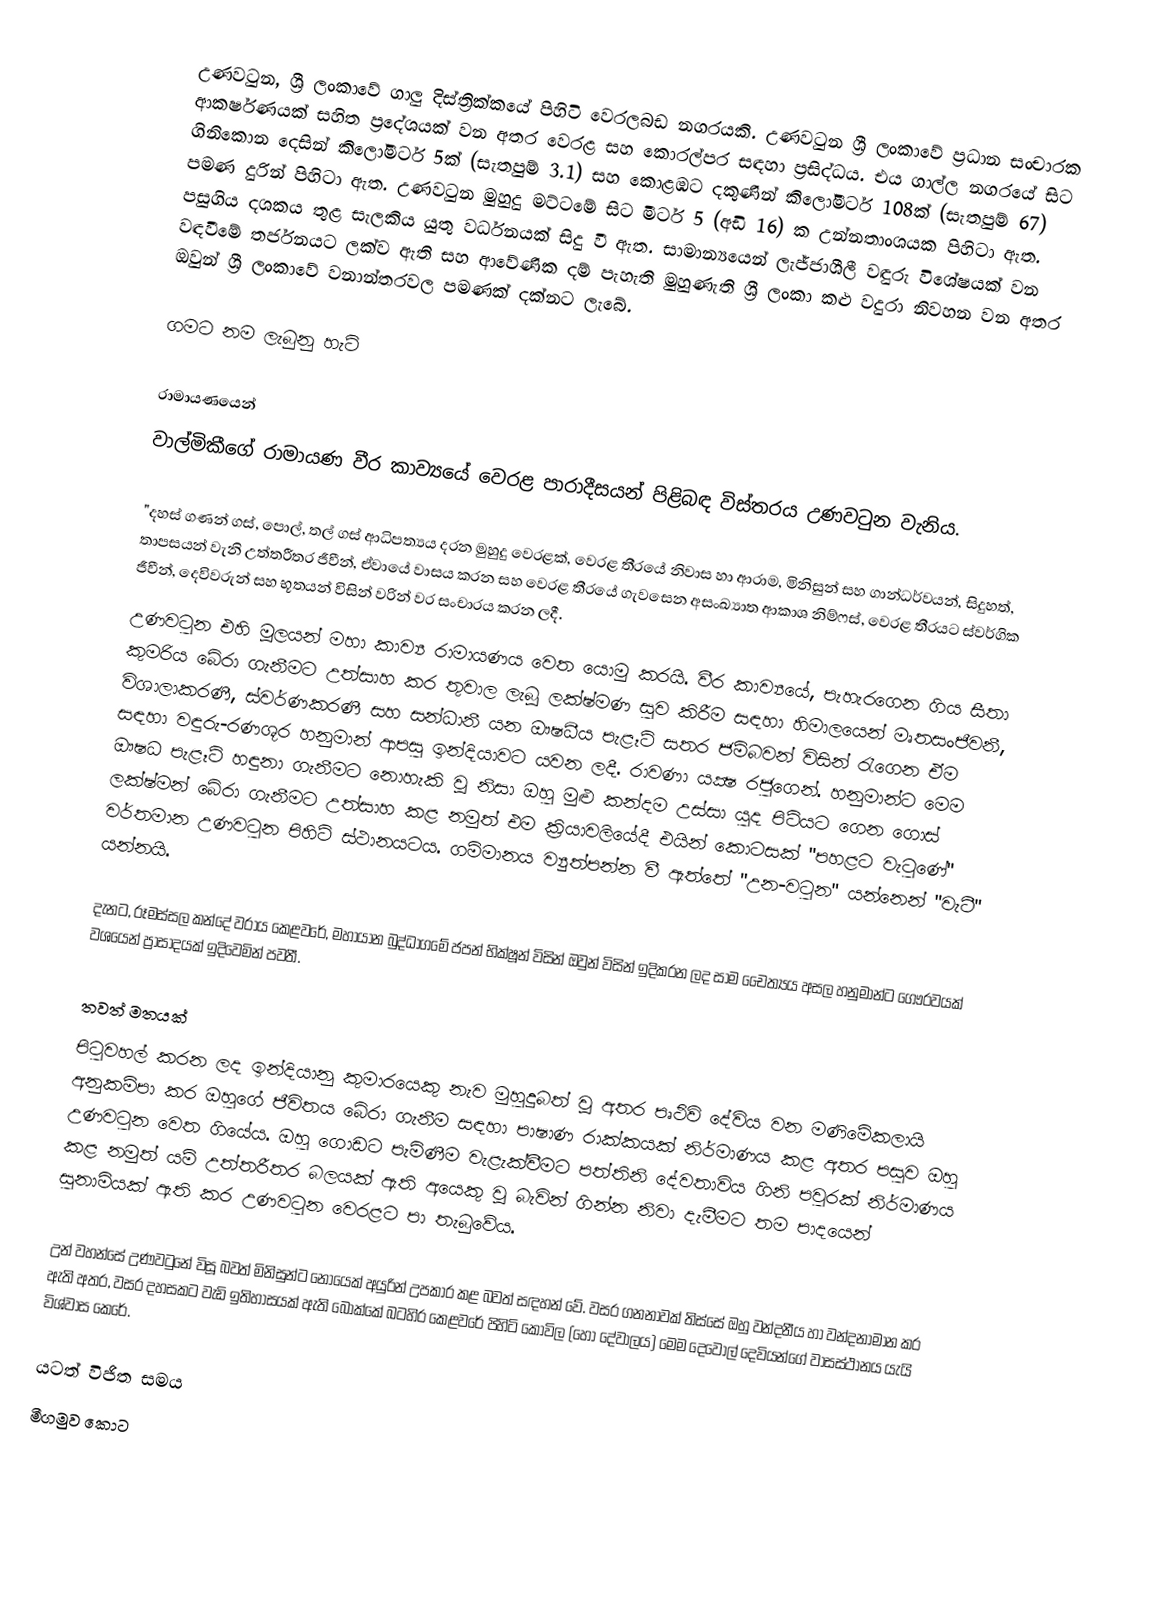
උණවටුන, ශ්‍රී ලංකාවේ ගාලු දිස්ත්‍රික්කයේ පිහිටි වෙරලබඩ නගරයකි. උණවටුන ශ්‍රී ලංකාවේ ප්‍රධාන සංචාරක ආකර්ෂණයක් සහිත ප්‍රදේශයක් වන අතර වෙරළ සහ කොරල්පර සඳහා ප්‍රසිද්ධය. එය ගාල්ල නගරයේ සිට  ගිනිකොන දෙසින් කිලෝමීටර් 5ක් (සැතපුම් 3.1) සහ කොළඹට දකුණින් කිලෝමීටර් 108ක් (සැතපුම් 67) පමණ දුරින් පිහිටා ඇත. උණවටුන මුහුදු මට්ටමේ සිට මීටර් 5 (අඩි 16) ක උන්නතාංශයක පිහිටා ඇත. පසුගිය දශකය තුළ සැලකිය යුතු වර්ධනයක් සිදු වී ඇත. සාමාන්‍යයෙන් ලැජ්ජාශීලී වඳුරු විශේෂයක් වන වඳවීමේ තර්ජනයට ලක්ව ඇති සහ ආවේණික දම් පැහැති මුහුණැති ශ්‍රී ලංකා කළු වදුරා නිවහන වන අතර ඔවුන් ශ්‍රී ලංකාවේ වනාන්තරවල පමණක් දක්නට ලැබේ.

ගමට නම ලැබුනු හැටි

රාමායණයෙන්
වාල්මිකීගේ රාමායණ වීර කාව්‍යයේ වෙරළ පාරාදීසයන් පිළිබඳ විස්තරය උණවටුන වැනිය.

"දහස් ගණන් ගස්, පොල්, තල් ගස් ආධිපත්‍යය දරන මුහුදු වෙරළක්, වෙරළ තීරයේ නිවාස හා ආරාම, මිනිසුන් සහ ගාන්ධර්වයන්, සිදුහත්, තාපසයන් වැනි උත්තරීතර ජීවීන්, ඒවායේ වාසය කරන සහ වෙරළ තීරයේ ගැවසෙන අසංඛ්‍යාත ආකාශ නිම්ෆස්, වෙරළ තීරයට ස්වර්ගික ජීවීන්, දෙවිවරුන් සහ භූතයන් විසින් වරින් වර සංචාරය කරන ලදී.
උණවටුන එහි මූලයන් මහා කාව්‍ය රාමායණය වෙත යොමු කරයි. වීර කාව්‍යයේ, පැහැරගෙන ගිය සීතා කුමරිය බේරා ගැනීමට උත්සාහ කර තුවාල ලැබූ ලක්ෂ්මණ සුව කිරීම සඳහා හිමාලයෙන් මෘතසංජීවනී, විශාලාකරණී, ස්වර්ණකරණී සහ සන්ධානී යන ඖෂධීය පැළෑටි සතර ජම්බවන් විසින් රැගෙන ඒම සඳහා වඳුරු-රණශූර හනුමාන් ආපසු ඉන්දියාවට යවන ලදී. රාවණා යක්‍ෂ රජුගෙන්. හනුමාන්ට මෙම ඖෂධ පැළෑටි හඳුනා ගැනීමට නොහැකි වූ නිසා ඔහු මුළු කන්දම උස්සා යුද පිටියට ගෙන ගොස් ලක්ෂ්මන් බේරා ගැනීමට උත්සාහ කළ නමුත් එම ක්‍රියාවලියේදී එයින් කොටසක් "පහළට වැටුණේ" වර්තමාන උණවටුන පිහිටි ස්ථානයටය. ගම්මානය ව්‍යුත්පන්න වී ඇත්තේ "උන-වටුන" යන්නෙන් "වැටී" යන්නයි.

දැනට, රූමස්සල කන්දේ වරාය කෙළවරේ, මහායාන බුද්ධාගමේ ජපන් භික්ෂූන් විසින් ඔවුන් විසින් ඉදිකරන ලද සාම චෛත්‍යය අසල හනුමාන්ට ගෞරවයක් වශයෙන් ප්‍රාසාදයක් ඉදිවෙමින් පවතී.

තවත් මතයක්
පිටුවහල් කරන ලද ඉන්දියානු කුමාරයෙකු නැව මුහුදුබත් වූ අතර පෘථිවි දේවිය වන මණිමේකලායි අනුකම්පා කර ඔහුගේ ජීවිතය බේරා ගැනීම සඳහා පාෂාණ රාක්කයක් නිර්මාණය කළ අතර පසුව ඔහු උණවටුන වෙත ගියේය. ඔහු ගොඩට පැමිණීම වැළැක්වීමට පත්තිනි දේවතාවිය ගිනි පවුරක් නිර්මාණය කළ නමුත් යම් උත්තරීතර බලයක් ඇති අයෙකු වූ බැවින් ගින්න නිවා දැමීමට තම පාදයෙන් සුනාමියක් ඇති කර උණවටුන වෙරළට පා තැබුවේය.

උන් වහන්සේ උණවටුනේ විසූ බවත් මිනිසුන්ට නොයෙක් අයුරින් උපකාර කළ බවත් සඳහන් වේ. වසර ගනනාවක් තිස්සේ ඔහු වන්දනීය හා වන්දනාමාන කර ඇති අතර, වසර දහසකට වැඩි ඉතිහාසයක් ඇති බොක්කේ බටහිර කෙළවරේ පිහිටි කෝවිල (හෝ දේවාලය) මෙම දෙවොල් දෙවියන්ගේ වාසස්ථානය යැයි විශ්වාස කෙරේ.

යටත් විජිත සමය
මීගමුව කොට